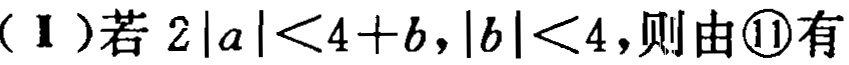
(Ⅰ)若 \(2|a|<4 + b,|b|<4\)，则由\textcircled{11}有